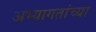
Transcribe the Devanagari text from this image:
अभ्यागतांच्या